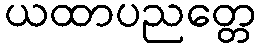
ယထာပညတ္တေ